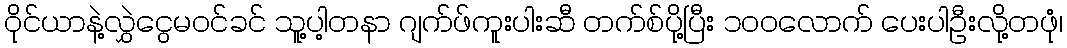
ဝိုင်ယာနဲ့လွှဲငွေမဝင်ခင် သူ့ပါ့တနာ ဂျက်ဖ်ကူးပါးဆီ တက်စ်ပို့ပြီး ၁၀၀လောက် ပေးပါဦးလို့တဖုံ၊